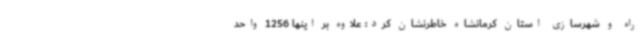
راه و شهرسازی استان کرمانشاه خاطرنشان کرد: علاوه بر اینها 1256 واحد